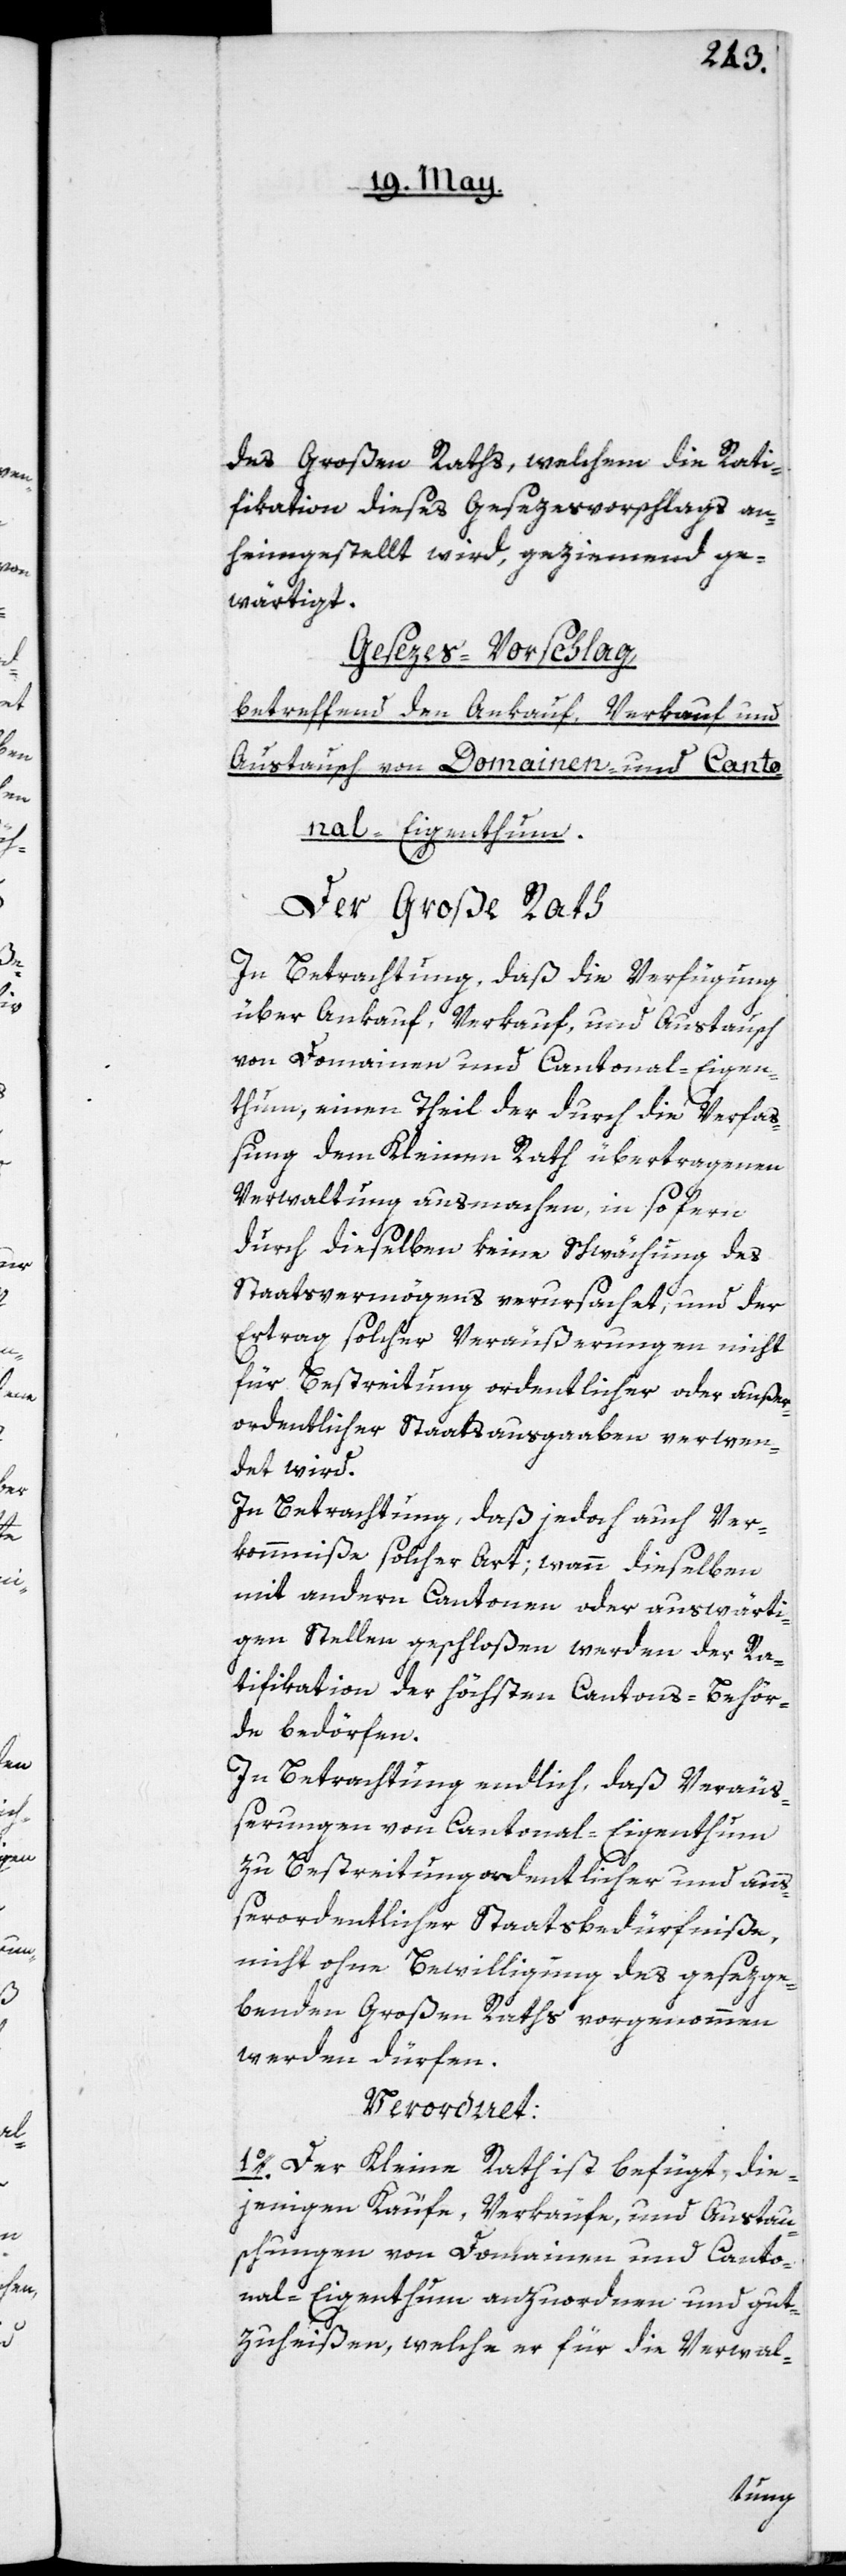
des Großen Raths, welchem die Rati¬
fikation dieses Gesezesvorschlags an¬
heimgestellt wird, geziemend ge¬
wärtigt.
Gesezes-Vorschlag
betreffend den Ankauf, Verkauf und
Austausch von Domainen und Canto¬
nal-Eigenthum.
Der Große Rath
In Betrachtung, daß die Verfügung
über Ankauf, Verkauf und Austausch
von Domainen und Cantonal-Eigen¬
thum, einen Theil der durch die Verfa¬
ßung dem Kleinen Rath übertragenen
Verwaltung ausmachen, insofern
durch dieselben keine Schwächung des
Staatsvermögens verursachet, und der
Ertrag solcher Veräußerungen nicht
für Bestreitung ordentlicher oder außer¬
ordentlicher Staatsausgaben verwen¬
det wird.
In Betrachtung, daß jedoch auch Ver¬
kommniße solcher Art, wann dieselben
mit andern Cantonen oder auswärti¬
gen Stellen geschloßen werden der Ra¬
tifikation der höchsten Cantons-Behör¬
de bedörfen.
In Betrachtung endlich, daß Veräuß¬
erungen von Cantonal-Eigenthum
zu Bestreitung ordentlicher und auß¬
erordentlicher Staatsbedürfniße,
nicht ohne Bewilligung des gesezge¬
benden Großen Raths vorgenommen
werden dürfen.
Verordnet:
1o. Der Kleine Rath ist befugt, die¬
jenigen Kaufe, Verkäufe und Austau¬
schungen von Domainen und Canto¬
nal-Eigenthum anzuordnen und gut¬
zuheißen, welche er für die Verwal-